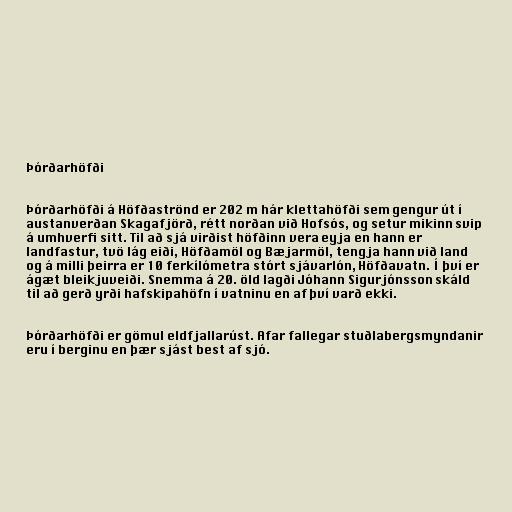
Þórðarhöfði

Þórðarhöfði á Höfðaströnd er 202 m hár klettahöfði sem gengur út í
austanverðan Skagafjörð, rétt norðan við Hofsós, og setur mikinn svip
á umhverfi sitt. Til að sjá virðist höfðinn vera eyja en hann er
landfastur, tvö lág eiði, Höfðamöl og Bæjarmöl, tengja hann við land
og á milli þeirra er 10 ferkílómetra stórt sjávarlón, Höfðavatn. Í því er
ágæt bleikjuveiði. Snemma á 20. öld lagði Jóhann Sigurjónsson skáld
til að gerð yrði hafskipahöfn í vatninu en af því varð ekki.

Þórðarhöfði er gömul eldfjallarúst. Afar fallegar stuðlabergsmyndanir
eru í berginu en þær sjást best af sjó.